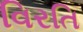
વિરતિ